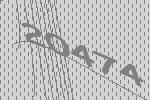
20474